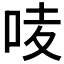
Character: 𠲊